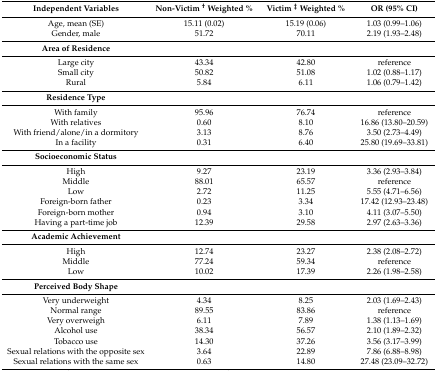
<table><thead><tr><td><b>Independent Variables</b></td><td><b>Non-Victim <sup>†</sup> Weighted %</b></td><td><b>Victim <sup>‡</sup> Weighted %</b></td><td><b>OR (95% CI)</b></td></tr></thead><tbody><tr><td>Age, mean (SE)</td><td>15.11 (0.02)</td><td>15.19 (0.06)</td><td>1.03 (0.99–1.06)</td></tr><tr><td>Gender, male</td><td>51.72</td><td>70.11</td><td>2.19 (1.93–2.48)</td></tr><tr><td><b>Area of Residence</b></td><td></td><td></td><td></td></tr><tr><td>Large city</td><td>43.34</td><td>42.80</td><td>reference</td></tr><tr><td>Small city</td><td>50.82</td><td>51.08</td><td>1.02 (0.88–1.17)</td></tr><tr><td>Rural</td><td>5.84</td><td>6.11</td><td>1.06 (0.79–1.42)</td></tr><tr><td><b>Residence Type</b></td><td></td><td></td><td></td></tr><tr><td>With family</td><td>95.96</td><td>76.74</td><td>reference</td></tr><tr><td>With relatives</td><td>0.60</td><td>8.10</td><td>16.86 (13.80–20.59)</td></tr><tr><td>With friend/alone/in a dormitory</td><td>3.13</td><td>8.76</td><td>3.50 (2.73–4.49)</td></tr><tr><td>In a facility</td><td>0.31</td><td>6.40</td><td>25.80 (19.69–33.81)</td></tr><tr><td><b>Socioeconomic Status</b></td><td></td><td></td><td></td></tr><tr><td>High</td><td>9.27</td><td>23.19</td><td>3.36 (2.93–3.84)</td></tr><tr><td>Middle</td><td>88.01</td><td>65.57</td><td>reference</td></tr><tr><td>Low</td><td>2.72</td><td>11.25</td><td>5.55 (4.71–6.56)</td></tr><tr><td>Foreign-born father</td><td>0.23</td><td>3.34</td><td>17.42 (12.93–23.48)</td></tr><tr><td>Foreign-born mother</td><td>0.94</td><td>3.10</td><td>4.11 (3.07–5.50)</td></tr><tr><td>Having a part-time job</td><td>12.39</td><td>29.58</td><td>2.97 (2.63–3.36)</td></tr><tr><td><b>Academic Achievement</b></td><td></td><td></td><td></td></tr><tr><td>High</td><td>12.74</td><td>23.27</td><td>2.38 (2.08–2.72)</td></tr><tr><td>Middle</td><td>77.24</td><td>59.34</td><td>reference</td></tr><tr><td>Low</td><td>10.02</td><td>17.39</td><td>2.26 (1.98–2.58)</td></tr><tr><td><b>Perceived Body Shape</b></td><td></td><td></td><td></td></tr><tr><td>Very underweight</td><td>4.34</td><td>8.25</td><td>2.03 (1.69–2.43)</td></tr><tr><td>Normal range</td><td>89.55</td><td>83.86</td><td>reference</td></tr><tr><td>Very overweigh</td><td>6.11</td><td>7.89</td><td>1.38 (1.13–1.69)</td></tr><tr><td>Alcohol use</td><td>38.34</td><td>56.57</td><td>2.10 (1.89–2.32)</td></tr><tr><td>Tobacco use</td><td>14.30</td><td>37.26</td><td>3.56 (3.17–3.99)</td></tr><tr><td>Sexual relations with the opposite sex</td><td>3.64</td><td>22.89</td><td>7.86 (6.88–8.98)</td></tr><tr><td>Sexual relations with the same sex</td><td>0.63</td><td>14.80</td><td>27.48 (23.09–32.72)</td></tr></tbody></table>